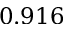
0 . 9 1 6